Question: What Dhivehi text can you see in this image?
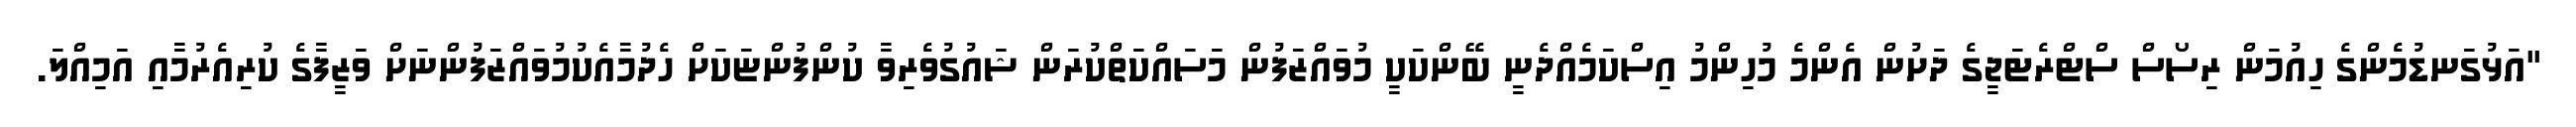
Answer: "އަޅުގަނޑުމެންގެ ހިއުމަން ރިސޯސް ސްޓްރެޓަޖީގެ ދަށުން އެންމެ މުހިންމު އިސްކަމެއްދެނީ ބޭންކަކީ މުވައްޒަފުން މަސައްކަތްކުރަން ޝައުގުވެރިވާ ކުންފުންޏަކަށް ހެދުމާއެކުމުވައްޒަފުންނަށް ވަޒީފާގެ ކުރިއެރުމާއި އަމިއްލަ.